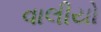
વાલીયો